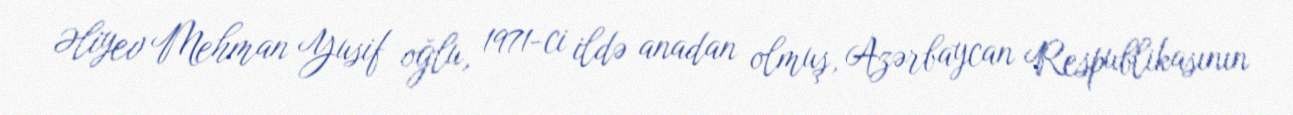
Əliyev Mehman Yusif oğlu, 1971-ci ildə anadan olmuş, Azərbaycan Respublikasının